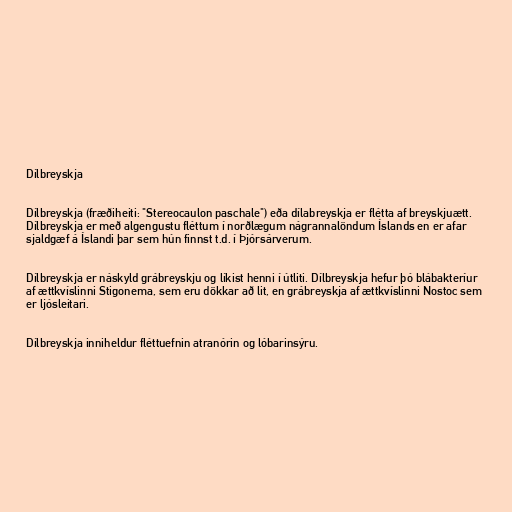
Dílbreyskja

Dílbreyskja (fræðiheiti: "Stereocaulon paschale") eða dílabreyskja er flétta af breyskjuætt.
Dílbreyskja er með algengustu fléttum í norðlægum nágrannalöndum Íslands en er afar
sjaldgæf á Íslandi þar sem hún finnst t.d. í Þjórsárverum.

Dílbreyskja er náskyld grábreyskju og líkist henni í útliti. Dílbreyskja hefur þó blábakteríur
af ættkvíslinni Stigonema, sem eru dökkar að lit, en grábreyskja af ættkvíslinni Nostoc sem
er ljósleitari.

Dílbreyskja inniheldur fléttuefnin atranórin og lóbarinsýru.